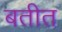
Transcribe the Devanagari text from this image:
बतीत